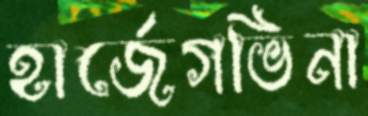
হার্জেগভিনা